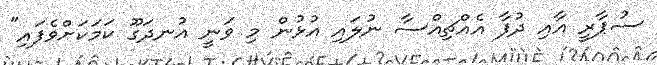
ސުޕާރީ އާއި ދުފާ އެއްޗިއްސާ ނުލައި އުޅުން މި ވަނީ އުނދަގޫ ކަމަކަށްވެފައި"